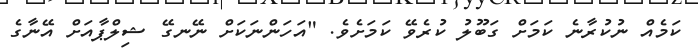
ކަމެއް ނުކުރާނެ ކަމަށް ގަބޫލު ކުރެވޭ ކަމަށެވެ. "އަހަންނަކަށް ނޭނގޭ ޝިލްޕާއަށް އޭނާގެ